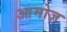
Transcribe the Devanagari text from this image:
आमोज़